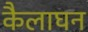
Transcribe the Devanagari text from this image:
कैलाघन